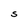
Character: S